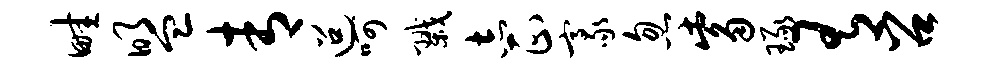
畦盟青迢呵戮志正豪忽觜琢有召